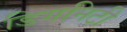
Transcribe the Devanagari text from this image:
डिगनिटी